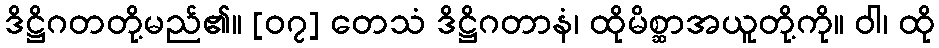
ဒိဋ္ဌိဂတတို့မည်၏။ [၀၇] တေသံ ဒိဋ္ဌိဂတာနံ၊ ထိုမိစ္ဆာအယူတို့ကို။ ဝါ၊ ထို